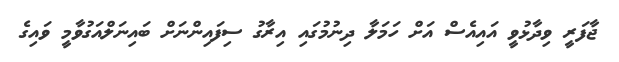
ޖާފަރީ ވިދާޅުވީ އައިއެސް އަށް ހަމަލާ ދިނުމުގައި އިރާގު ސިފައިންނަށް ބައިނަލްއަގުވާމީ ވައިގެ